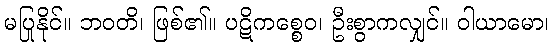
မပြုနိုင်။ ဘဝတိ၊ ဖြစ်၏။ ပဋိကစ္စေဝ၊ ဦးစွာကလျှင်။ ဝါယာမော၊